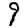
Digit: 9